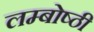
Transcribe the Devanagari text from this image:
लम्बोष्ठी